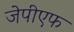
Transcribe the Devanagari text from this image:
जेपीएफ